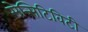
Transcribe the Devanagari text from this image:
सेन्सिटिविटी